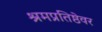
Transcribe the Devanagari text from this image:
श्रमप्रतिष्ठेवर